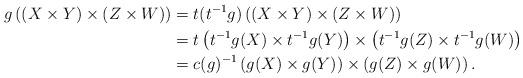
LaTeX: \begin{align*}g\left((X \times Y)\times (Z \times W)\right) &=t(t^{-1}g)\left((X \times Y)\times (Z \times W)\right)\\&=t\left(t^{-1}g(X) \times t^{-1}g(Y)\right) \times \left(t^{-1}g(Z) \times t^{-1}g(W)\right)\\&= c(g)^{-1}\left(g(X) \times g(Y)\right) \times \left(g(Z) \times g(W)\right).\end{align*}